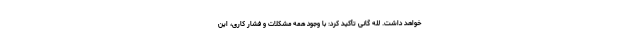
خواهد داشت. لله گانی تأکید کرد: با وجود همه مشکلات و فشار کاری، این